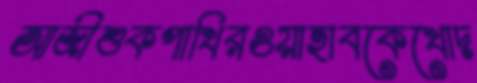
আজীশুকপাখিরওয়াহাবকেখোদ